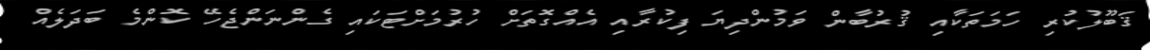
ޤަބޫލުކުރި ހަމަތަކާއި ޤުރުބާން ވަމުންދިޔަ ފިކުރާއި އެއްގޮތަށް ހުރުމަށްޓަކައި ގެންނަންޖެހޭ ކޮންމެ ބަދަލެއް